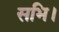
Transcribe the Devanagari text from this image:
सभि।